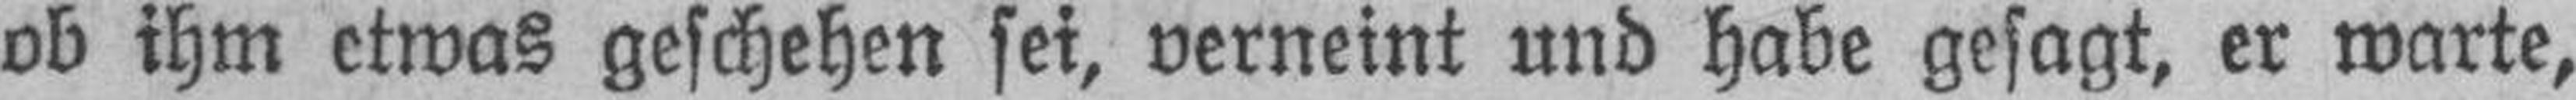
ob ihm etwas geschehen sei, verneint und habe gesagt, er warte,